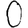
Digit: 0